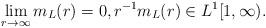
LaTeX: \begin{align*} \lim_{r \to \infty} m_L(r) = 0, r^{-1} m_L(r) \in L^1[1, \infty). \end{align*}